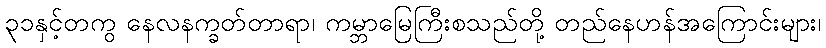
၃၁နှင့်တကွ နေလနက္ခတ်တာရာ၊ ကမ္ဘာမြေကြီးစသည်တို့ တည်နေဟန်အကြောင်းများ၊